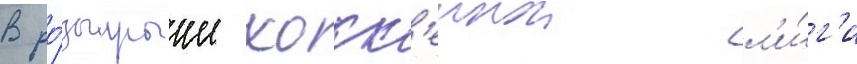
В ро́зыгрыше хокк'еинои л'и́г'и